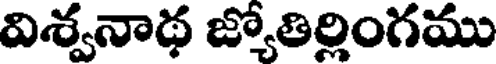
విశ్వనాథ జ్యోతిర్లింగము